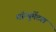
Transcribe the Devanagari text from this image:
मॉन्युमेंटल